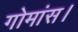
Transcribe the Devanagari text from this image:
गोमांस।